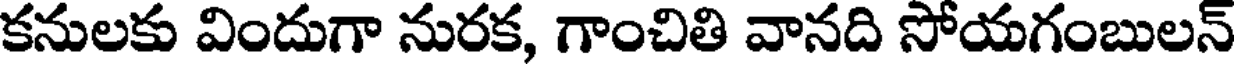
కనులకు విందుగా నురక, గాంచితి వానది సోయగంబులన్